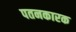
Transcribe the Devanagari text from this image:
पतनकारक